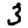
Digit: 3